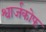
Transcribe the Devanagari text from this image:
श्वार्जकोफ